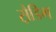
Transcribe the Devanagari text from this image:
स़ैडिग